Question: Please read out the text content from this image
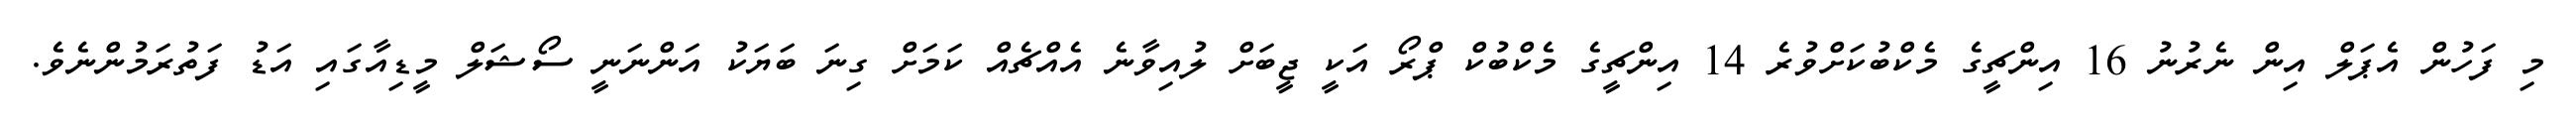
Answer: މި ފަހުން އެޕަލް އިން ނެރުނު 16 އިންޗީގެ މެކްބުކަށްވުރެ 14 އިންޗީގެ މެކްބުކް ޕްރޯ އަކީ ޖީބަށް ލުއިވާނެ އެއްޗެއް ކަމަށް ގިނަ ބަޔަކު އަންނަނީ ސޯޝަލް މީޑިއާގައި އަޑު ފަތުރަމުންނެވެ.